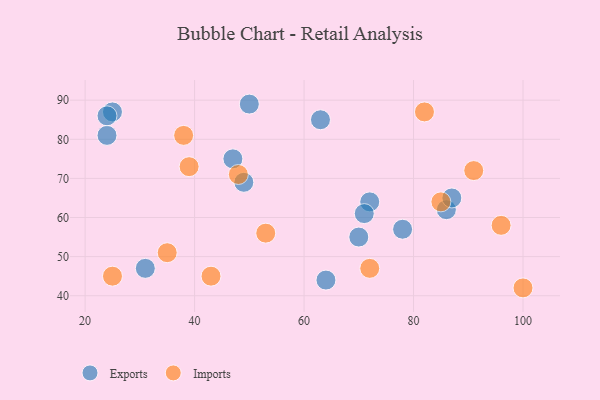
{"axis": {"x": "GDP", "y": "Life Expectancy"}, "legend": ["Exports", "Imports"], "data": [{"x": "78", "y": 57, "type": "Exports"}, {"x": "24", "y": 81, "type": "Exports"}, {"x": "50", "y": 89, "type": "Exports"}, {"x": "63", "y": 85, "type": "Exports"}, {"x": "25", "y": 87, "type": "Exports"}, {"x": "72", "y": 64, "type": "Exports"}, {"x": "49", "y": 69, "type": "Exports"}, {"x": "86", "y": 62, "type": "Exports"}, {"x": "24", "y": 86, "type": "Exports"}, {"x": "64", "y": 44, "type": "Exports"}, {"x": "31", "y": 47, "type": "Exports"}, {"x": "70", "y": 55, "type": "Exports"}, {"x": "47", "y": 75, "type": "Exports"}, {"x": "71", "y": 61, "type": "Exports"}, {"x": "87", "y": 65, "type": "Exports"}, {"x": "53", "y": 56, "type": "Imports"}, {"x": "39", "y": 73, "type": "Imports"}, {"x": "25", "y": 45, "type": "Imports"}, {"x": "85", "y": 64, "type": "Imports"}, {"x": "96", "y": 58, "type": "Imports"}, {"x": "38", "y": 81, "type": "Imports"}, {"x": "72", "y": 47, "type": "Imports"}, {"x": "100", "y": 42, "type": "Imports"}, {"x": "48", "y": 71, "type": "Imports"}, {"x": "82", "y": 87, "type": "Imports"}, {"x": "43", "y": 45, "type": "Imports"}, {"x": "35", "y": 51, "type": "Imports"}, {"x": "91", "y": 72, "type": "Imports"}]}